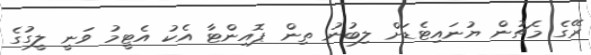
ރޭގެ މެޗުން ޔުނައިޓެޑަށް ލިބުނު ތިން ޕޮއިންޓާ އެކު އެޓީމު ވަނީ ލީގުގެ